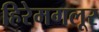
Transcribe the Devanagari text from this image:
हिरेमगलूर